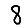
Digit: 8